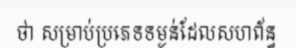
ថា សម្រាប់ប្រភេទទម្ងន់ដែលសហព័ន្ធ